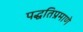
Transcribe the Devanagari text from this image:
पद्धतिप्रमाणे